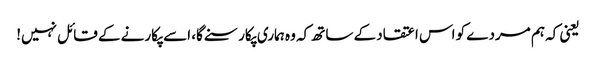
یعنی کہ ہم مردے کو اس اعتقاد کے ساتھ کہ وہ ہماری پکار سنے گا، اسے پکارنے کے قائل نہیں!